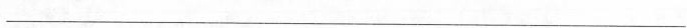
___